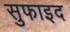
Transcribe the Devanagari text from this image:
सुफाइद